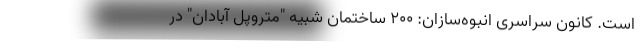
است. کانون سراسری انبوه‌سازان: ۲۰۰ ساختمان شبیه "متروپل آبادان" در